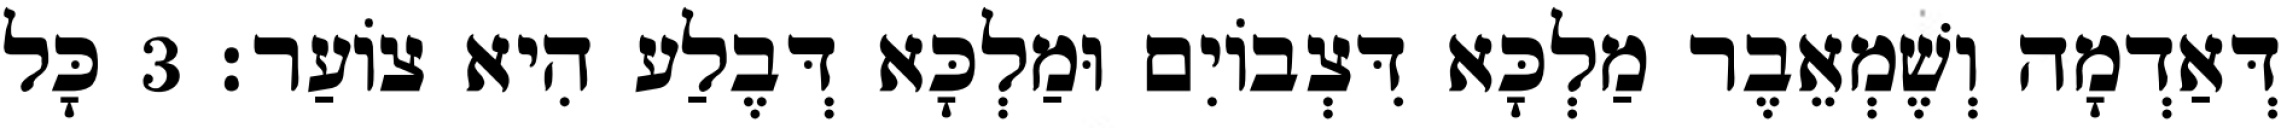
דְּאַדְמָה וְשֶׁמְאֵבֶר מַלְכָּא דִּצְבוֹיִם וּמַלְכָּא דְּבֶלַע הִיא צוֹעַר׃ 3 כָּל